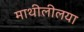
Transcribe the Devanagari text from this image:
माथीलीलया